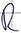
Text: R